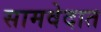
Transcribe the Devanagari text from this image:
सामवेदात